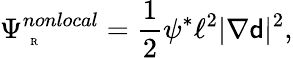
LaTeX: \Psi_{\mathrm{~\tiny~R~}}^{nonlocal}=\frac{1}{2}\psi^{*}\ell^{2}|\nabla{\mathsf{d}}|^{2},